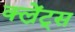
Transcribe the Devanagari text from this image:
क्ल्रेंट्स